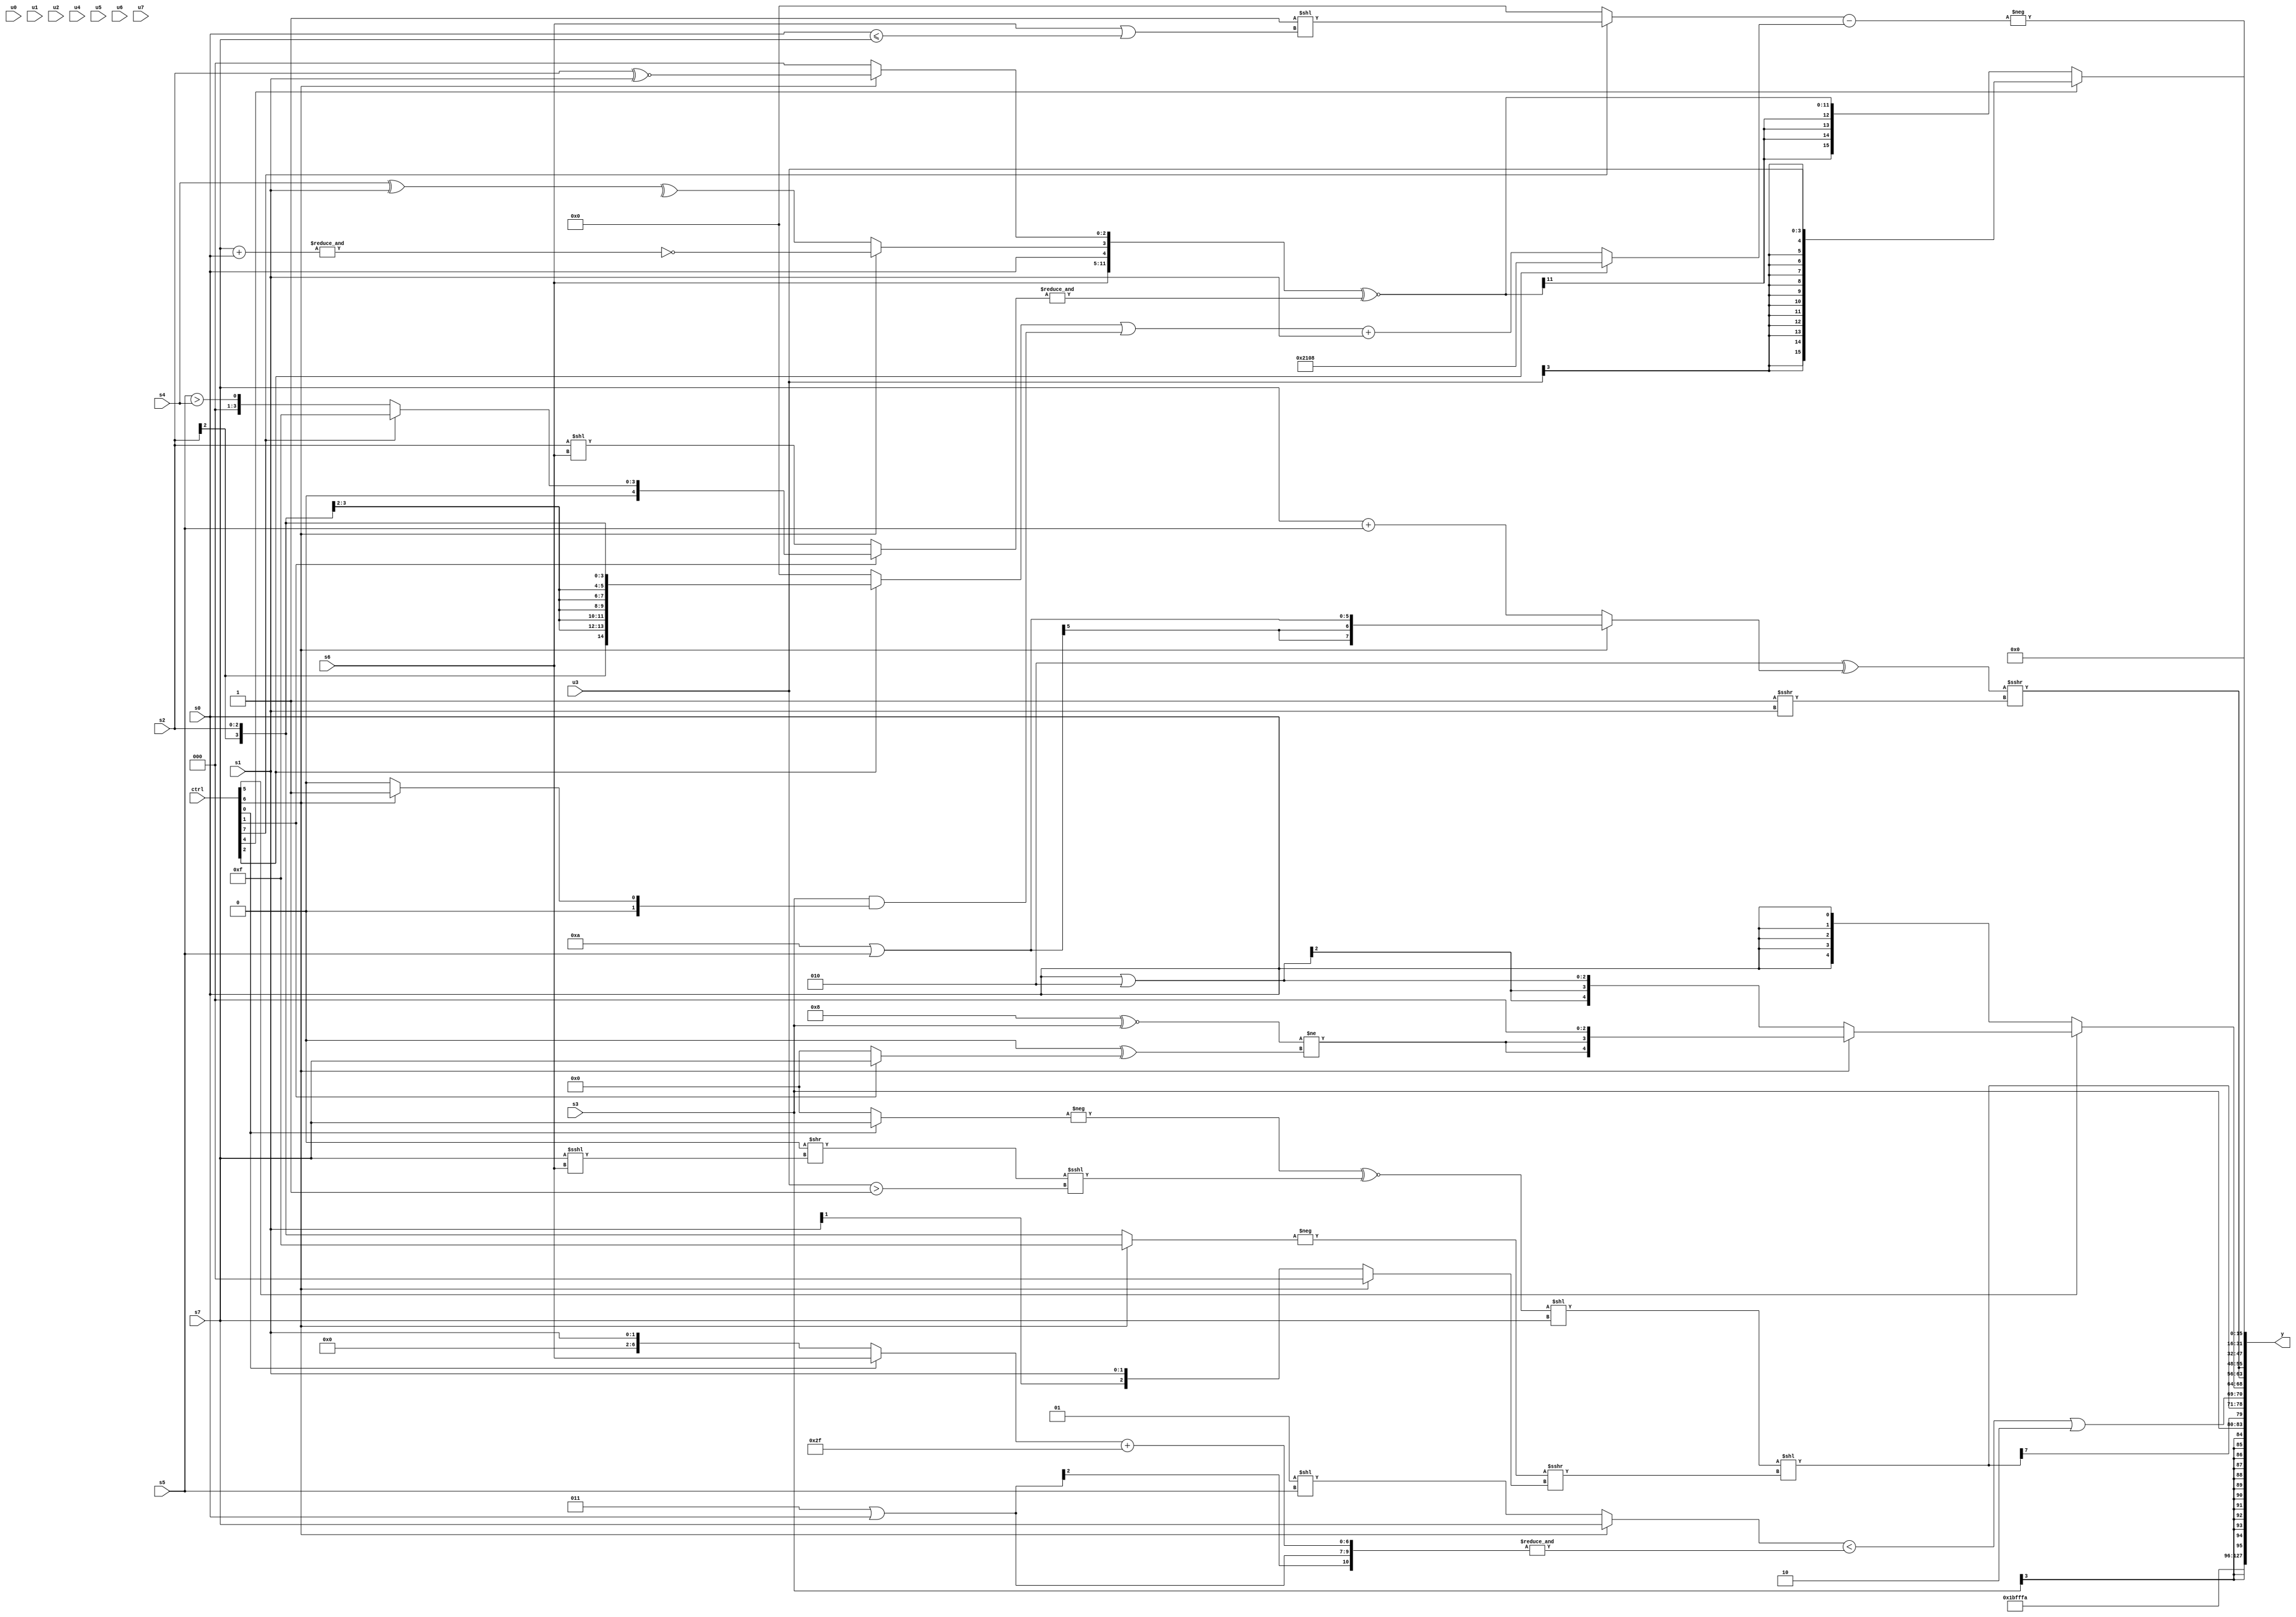
module wideexpr_00639(ctrl, u0, u1, u2, u3, u4, u5, u6, u7, s0, s1, s2, s3, s4, s5, s6, s7, y);
  input [7:0] ctrl;
  input [0:0] u0;
  input [1:0] u1;
  input [2:0] u2;
  input [3:0] u3;
  input [4:0] u4;
  input [5:0] u5;
  input [6:0] u6;
  input [7:0] u7;
  input signed [0:0] s0;
  input signed [1:0] s1;
  input signed [2:0] s2;
  input signed [3:0] s3;
  input signed [4:0] s4;
  input signed [5:0] s5;
  input signed [6:0] s6;
  input signed [7:0] s7;
  output [127:0] y;
  wire [15:0] y0;
  wire [15:0] y1;
  wire [15:0] y2;
  wire [15:0] y3;
  wire [15:0] y4;
  wire [15:0] y5;
  wire [15:0] y6;
  wire [15:0] y7;
  assign y = {y0,y1,y2,y3,y4,y5,y6,y7};
  assign y0 = 6'b011011;
  assign y1 = 4'sb1010;
  assign y2 = s3;
  assign y3 = $signed({+((((-((ctrl[0]?s7:1'sb0)))^~(((1'sb0)>>((s7)<<<(s6)))<<<(((u3)>(1'b1))==(&(1'sb1)))))<<(s7))<<($signed(($signed(-((ctrl[6]?4'sb1111:s2))))>>>((ctrl[6]?3'sb000:s1))))),($signed(($signed((ctrl[6]?s7:(3'sb001)<<(s5))))<(&({(-(4'sb1101))|(s0),((ctrl[0]?s6:s1))+({3'b101,3'sb111})}))))|(2'sb10),(ctrl[5]?(ctrl[6]?($signed(((4'sb1000)^~($signed(s3)))!=(($signed(1'sb0))^((ctrl[1]?s7:3'sb000)))))<<(2'sb11):(s0)|(-(5'sb11110))):s0)});
  assign y4 = {3{$signed(($signed((5'sb00010)^((ctrl[6]?(4'sb1010)|(s5):(s7)+(s5)))))>>>($signed($unsigned(({1{1'sb1}})>>>(s1)))))}};
  assign y5 = (6'sb001010)==(4'sb0110);
  assign y6 = (ctrl[4]?$signed(u3):$signed(({{s6},$signed(s0),(ctrl[6]?~&((s7)+((s0)<<<(1'b0))):^($unsigned((s4)^(s1)))),(ctrl[6]?+(($signed(s2))^~(s1)):&((ctrl[1]?4'b0001:(3'b001)<=(3'sb000))))})^~(&((ctrl[1]?$unsigned((ctrl[7]?5'b01111:(s5)>(s4))):(s2)<<(+($signed(s6))))))));
  assign y7 = -($signed(((ctrl[7]?(+($signed((2'b01)!=(1'b0))))<<((s6)|(+((s0)<=(s7)))):$signed({2{1'sb0}})))-((ctrl[2]?$signed(({3{(5'b10000)+(5'sb11000)}})^({(2'sb01)>(4'b0100)})):(((ctrl[2]?$signed(s2):2'sb00))|((s3)&((ctrl[6]?3'sb001:1'sb0))))+(s1)))));
endmodule